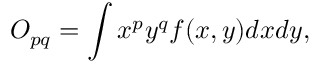
{ O _ { p q } } = \int { { x ^ { p } } } { y ^ { q } } f ( x , y ) d x d y ,